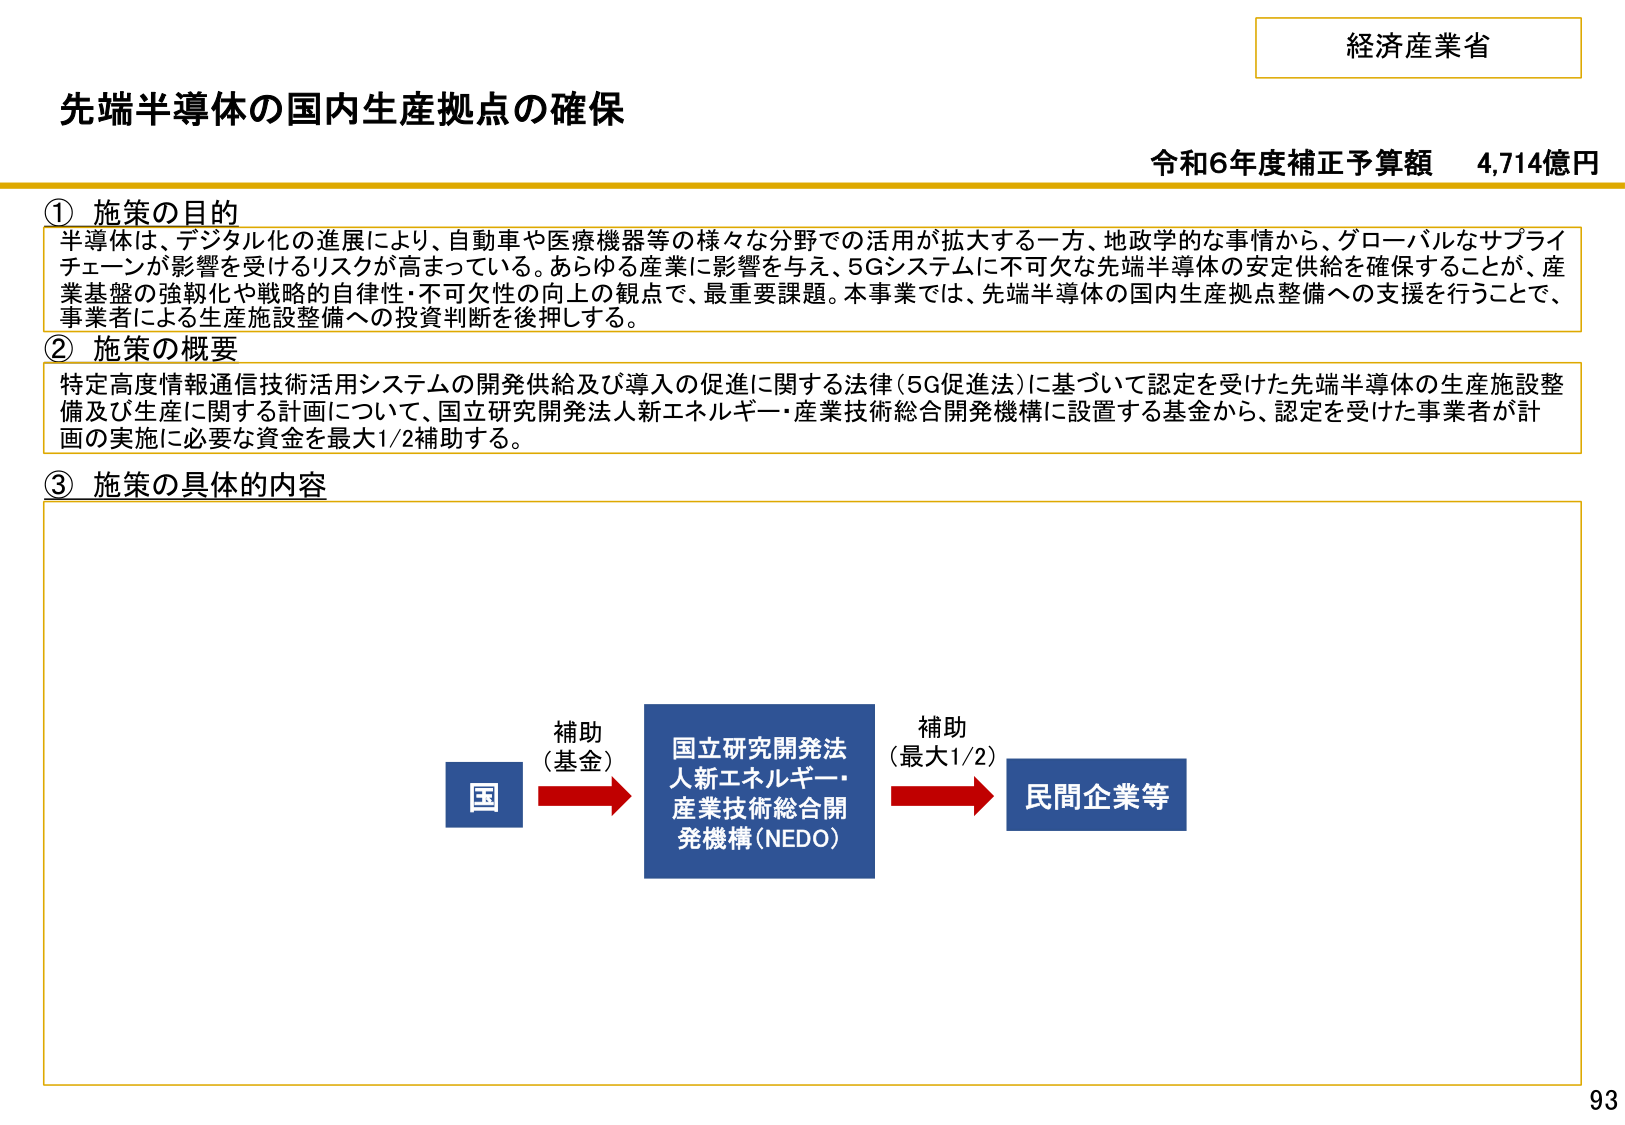
経済産業省
先端半導体の国内生産拠点の確保
令和6年度補正予算額 4,714億円

① 施策の目的
半導体は、デジタル化の進展により、自動車や医療機器等の様々な分野での活用が拡大する一方、地政学的な事情から、グローバルなサプライチェーンが影響を受けるリスクが高まっている。あらゆる産業に影響を与え、5Gシステムに不可欠な先端半導体の安定供給を確保することが、産業基盤の強靭化や戦略的自律性・不可欠性の向上の観点で、最重要課題。本事業では、先端半導体の国内生産拠点整備への支援を行うことで、事業者による生産施設整備への投資判断を後押しする。

② 施策の概要
特定高度情報通信技術活用システムの開発供給及び導入の促進に関する法律（5G促進法）に基づいて認定を受けた先端半導体の生産施設整備及び生産に関する計画について、国立研究開発法人新エネルギー・産業技術総合開発機構に設置する基金から、認定を受けた事業者が計画の実施に必要な資金を最大1/2補助する。

③ 施策の具体的な内容

国 → 補助（基金） → 国立研究開発法人新エネルギー・産業技術総合開発機構（NEDO） → 補助（最大1/2） → 民間企業等

93